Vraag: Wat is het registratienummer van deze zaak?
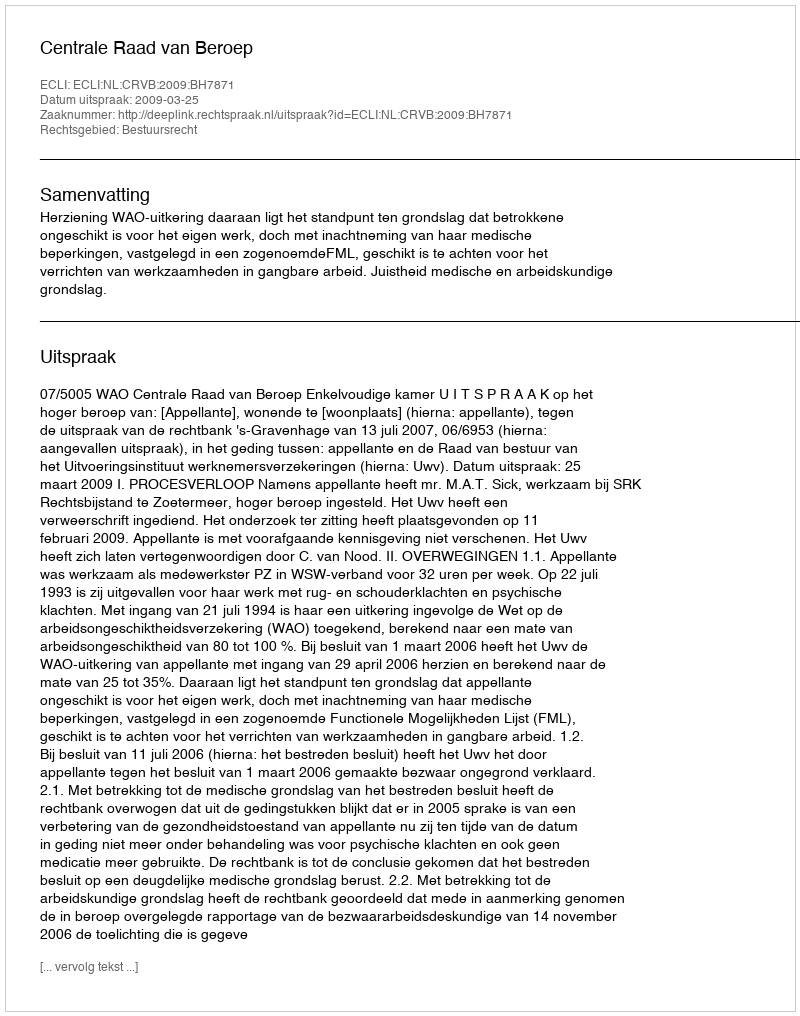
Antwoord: http://deeplink.rechtspraak.nl/uitspraak?id=ECLI:NL:CRVB:2009:BH7871